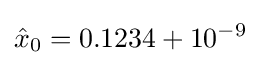
{\hat {x}}_{0}=0.1234+10^{-9}